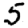
Digit: 5